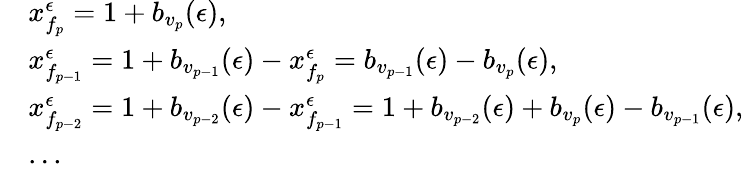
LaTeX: \begin{array}{rl}&{x_{f_{p}}^{\epsilon}=1+b_{v_{p}}(\epsilon),}\\ &{x_{f_{p-1}}^{\epsilon}=1+b_{v_{p-1}}(\epsilon)-x_{f_{p}}^{\epsilon}=b_{v_{p-1}}(\epsilon)-b_{v_{p}}(\epsilon),}\\ &{x_{f_{p-2}}^{\epsilon}=1+b_{v_{p-2}}(\epsilon)-x_{f_{p-1}}^{\epsilon}=1+b_{v_{p-2}}(\epsilon)+b_{v_{p}}(\epsilon)-b_{v_{p-1}}(\epsilon),}\\ &{...}\end{array}